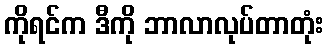
ကိုရင်က ဒီကို ဘာလာလုပ်တာတုံး